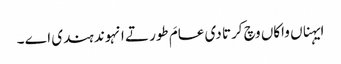
ایہناں واکاں وچ کرتا دی عامَ طور تے انہوند ہندی اے ۔